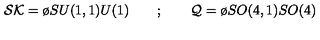
{ \cal S K } = { \o { S U ( 1 , 1 ) } { U ( 1 ) } } \quad \quad ; \quad \quad { \cal Q } = { \o { S O ( 4 , 1 ) } { S O ( 4 ) } }